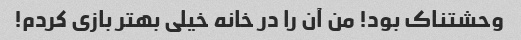
وحشتناک بود! من آن را در خانه خیلی بهتر بازی کردم!